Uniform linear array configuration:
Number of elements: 16
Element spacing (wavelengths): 1
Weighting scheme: hamming
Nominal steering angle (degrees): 15
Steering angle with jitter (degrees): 14.116
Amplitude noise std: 0.05
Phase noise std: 0.05

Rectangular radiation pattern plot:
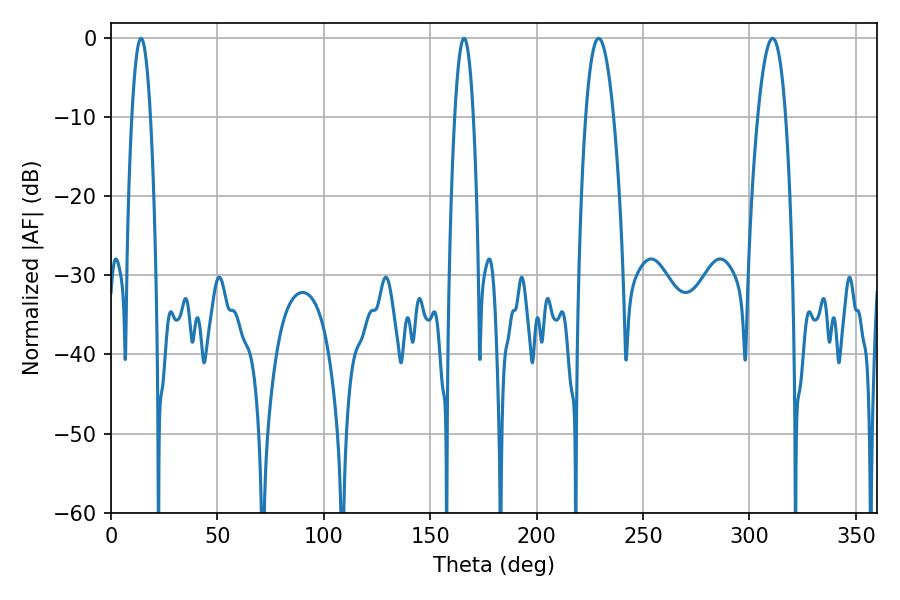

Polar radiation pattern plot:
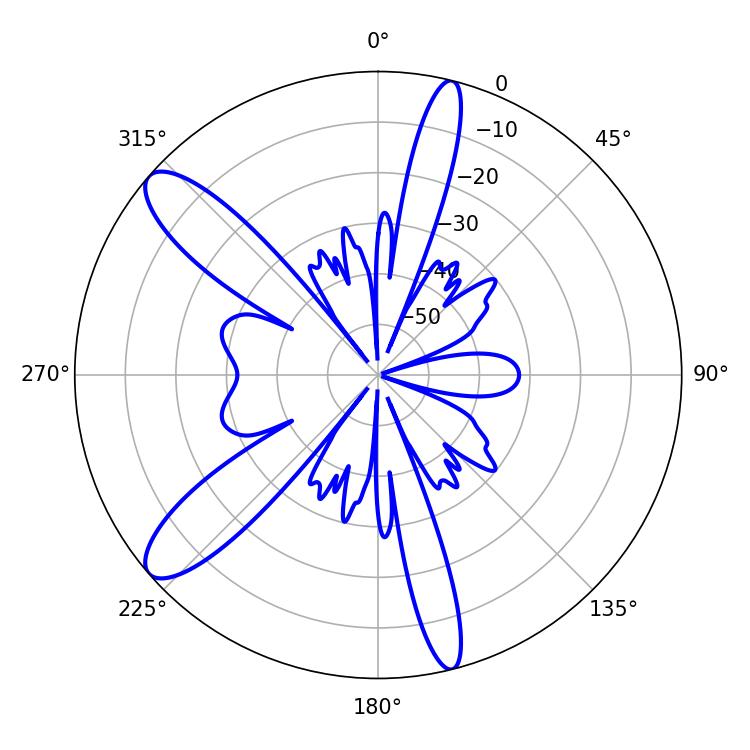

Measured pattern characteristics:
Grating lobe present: TRUE
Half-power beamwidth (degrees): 7.2
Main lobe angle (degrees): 229.14